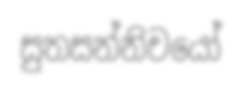
සුතසන්නිචයෝ